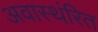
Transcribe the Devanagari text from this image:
अवास्थंरित